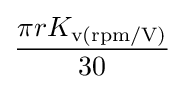
{\frac {\pi rK_{\text{v(rpm/V)}}}{30}}